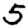
Digit: 5